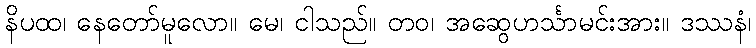
နိပထ၊ နေတော်မူလော။ မေ၊ ငါသည်။ တဝ၊ အဆွေဟင်္သာမင်းအား။ ဒဿနံ၊